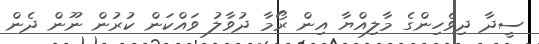
ސީދާ ދިވެހިންގެ މާލިއްޔާ އިން ރޯމާ ދުވާލު ވައްކަން ކުުރުން ނޫން ދެން